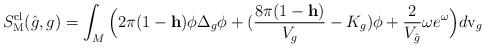
LaTeX: \begin{align*}S^{{\rm cl}}_{\rm M}(\hat g,g)=\int_M\Big(2\pi(1-\textbf{h})\phi \Delta_g\phi+(\frac{8\pi(1-\textbf{h})}{V_{g}}-K_{g})\phi+\frac{2}{V_{\hat g}}\omega e^{\omega}\Big) d{\rm v}_{g}\end{align*}